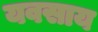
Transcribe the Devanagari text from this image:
यवसाय